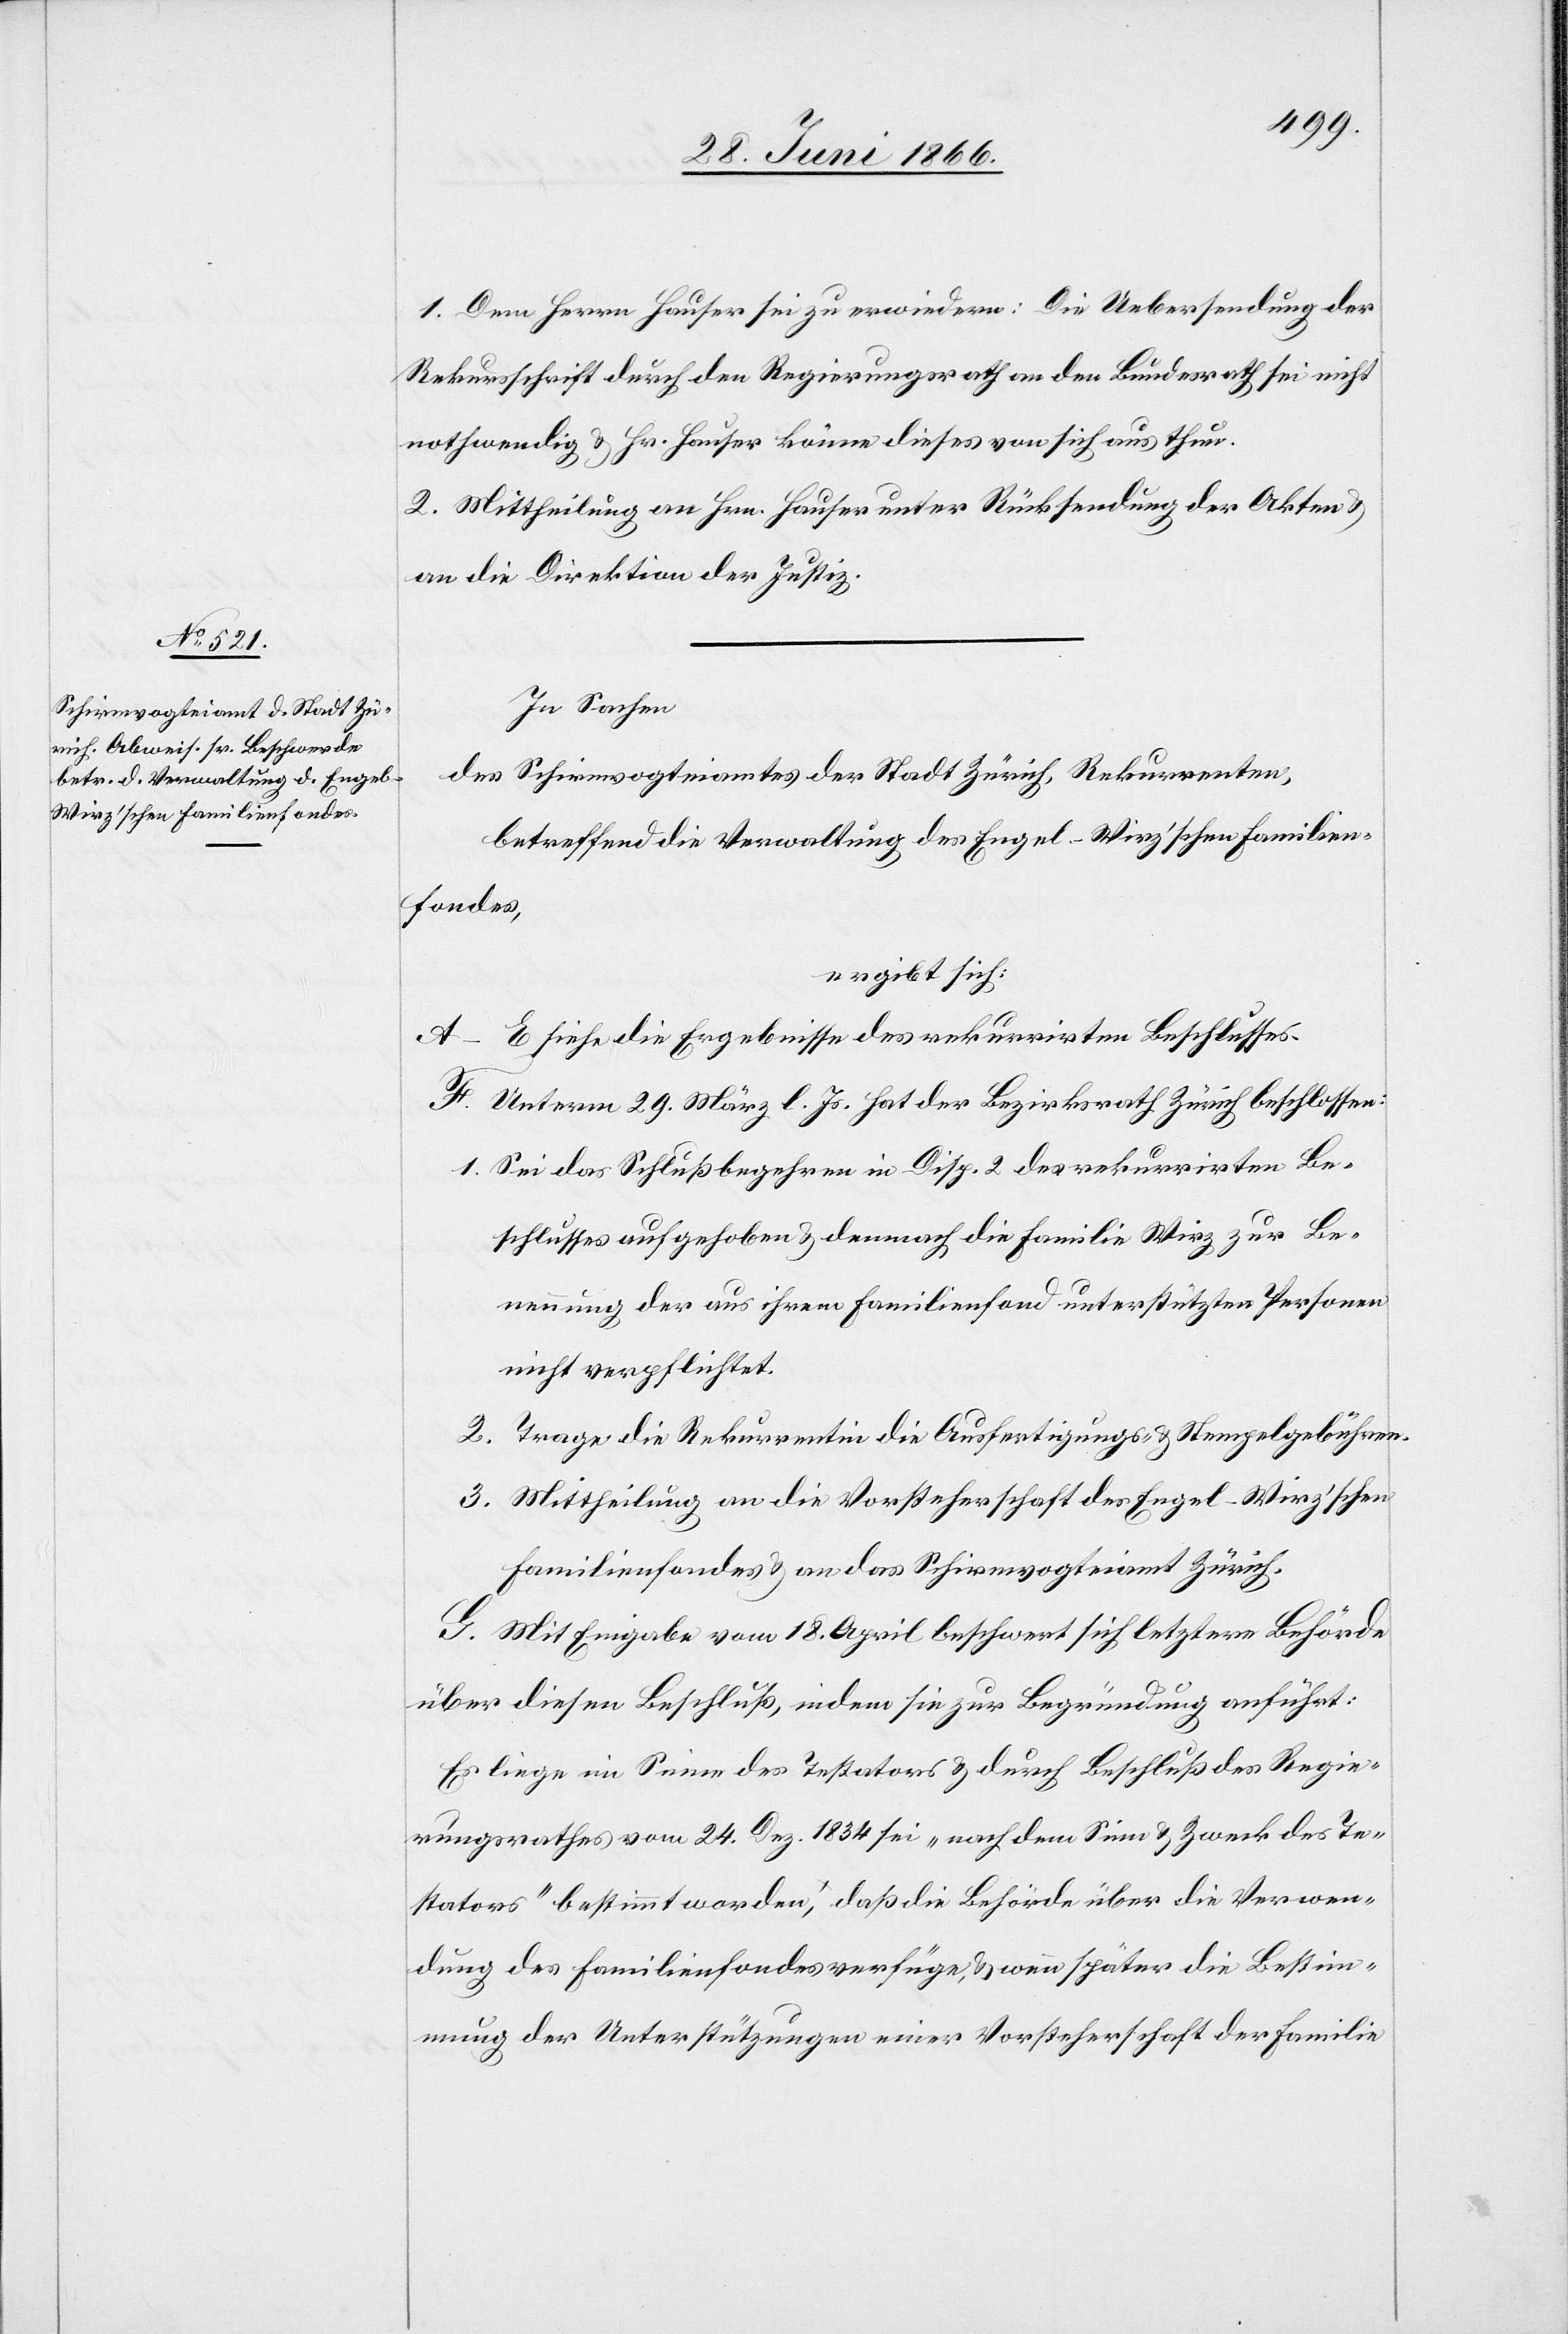
1. Dem Herrn Hauser sei zu erwiedern: Die Uebersendung der
Rekursschrift durch den Regierungsrath an den Bundesrath sei nicht
nothwendig u. Hr. Hauser könne dieses von sich aus thun.
2. Mittheilung an Hrn. Hauser unter Rücksendung der Akten u.
an die Direktion der Justiz.
In Sachen
des Schirmvogteiamtes der Stadt Zürich, Rekurrentin,
betreffend die Verwaltung des Engel-Wirz’schen Familien¬
fondes,
ergibt sich:
F. Unterm 29. März l. Js. hat der Bezirksrath Zürich beschlossen:
1. Sei das Schlußbegehren in Disp. 2 des rekurrirten Be¬
schlusses aufgehoben u. demnach die Familie Wirz zur Be¬
nennung der aus ihrem Familienfond unterstützten Personen
nicht verpflichtet.
2. Trage die Rekurrentin die Ausfertigungs- u. Stempelgebühren.
3. Mittheilung an die Vorsteherschaft des Engel-Wirz’schen
Familienfondes u. an das Schirmvogteiamt Zürich.
G. Mit Eingabe vom 18. April beschwert sich letztere Behörde
über diesen Beschluß, indem sie zur Begründung anführt:
Es liege im Sinne des Testatars u. durch Beschluß des Regie¬
rungsrathes vom 24. Dez 1834 sei „nach dem Sinne u. Zweck des Te¬
statars“ bestimmt worden, daß die Behörde über die Verwen¬
dung des Familienfondes verfüge, u. wenn später die Bestim¬
mung der Unterstützungen einer Vorsteherschaft der Familie